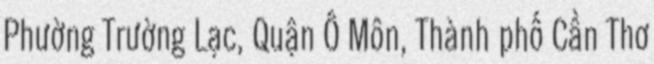
Phường Trường Lạc, Quận Ô Môn, Thành phố Cần Thơ